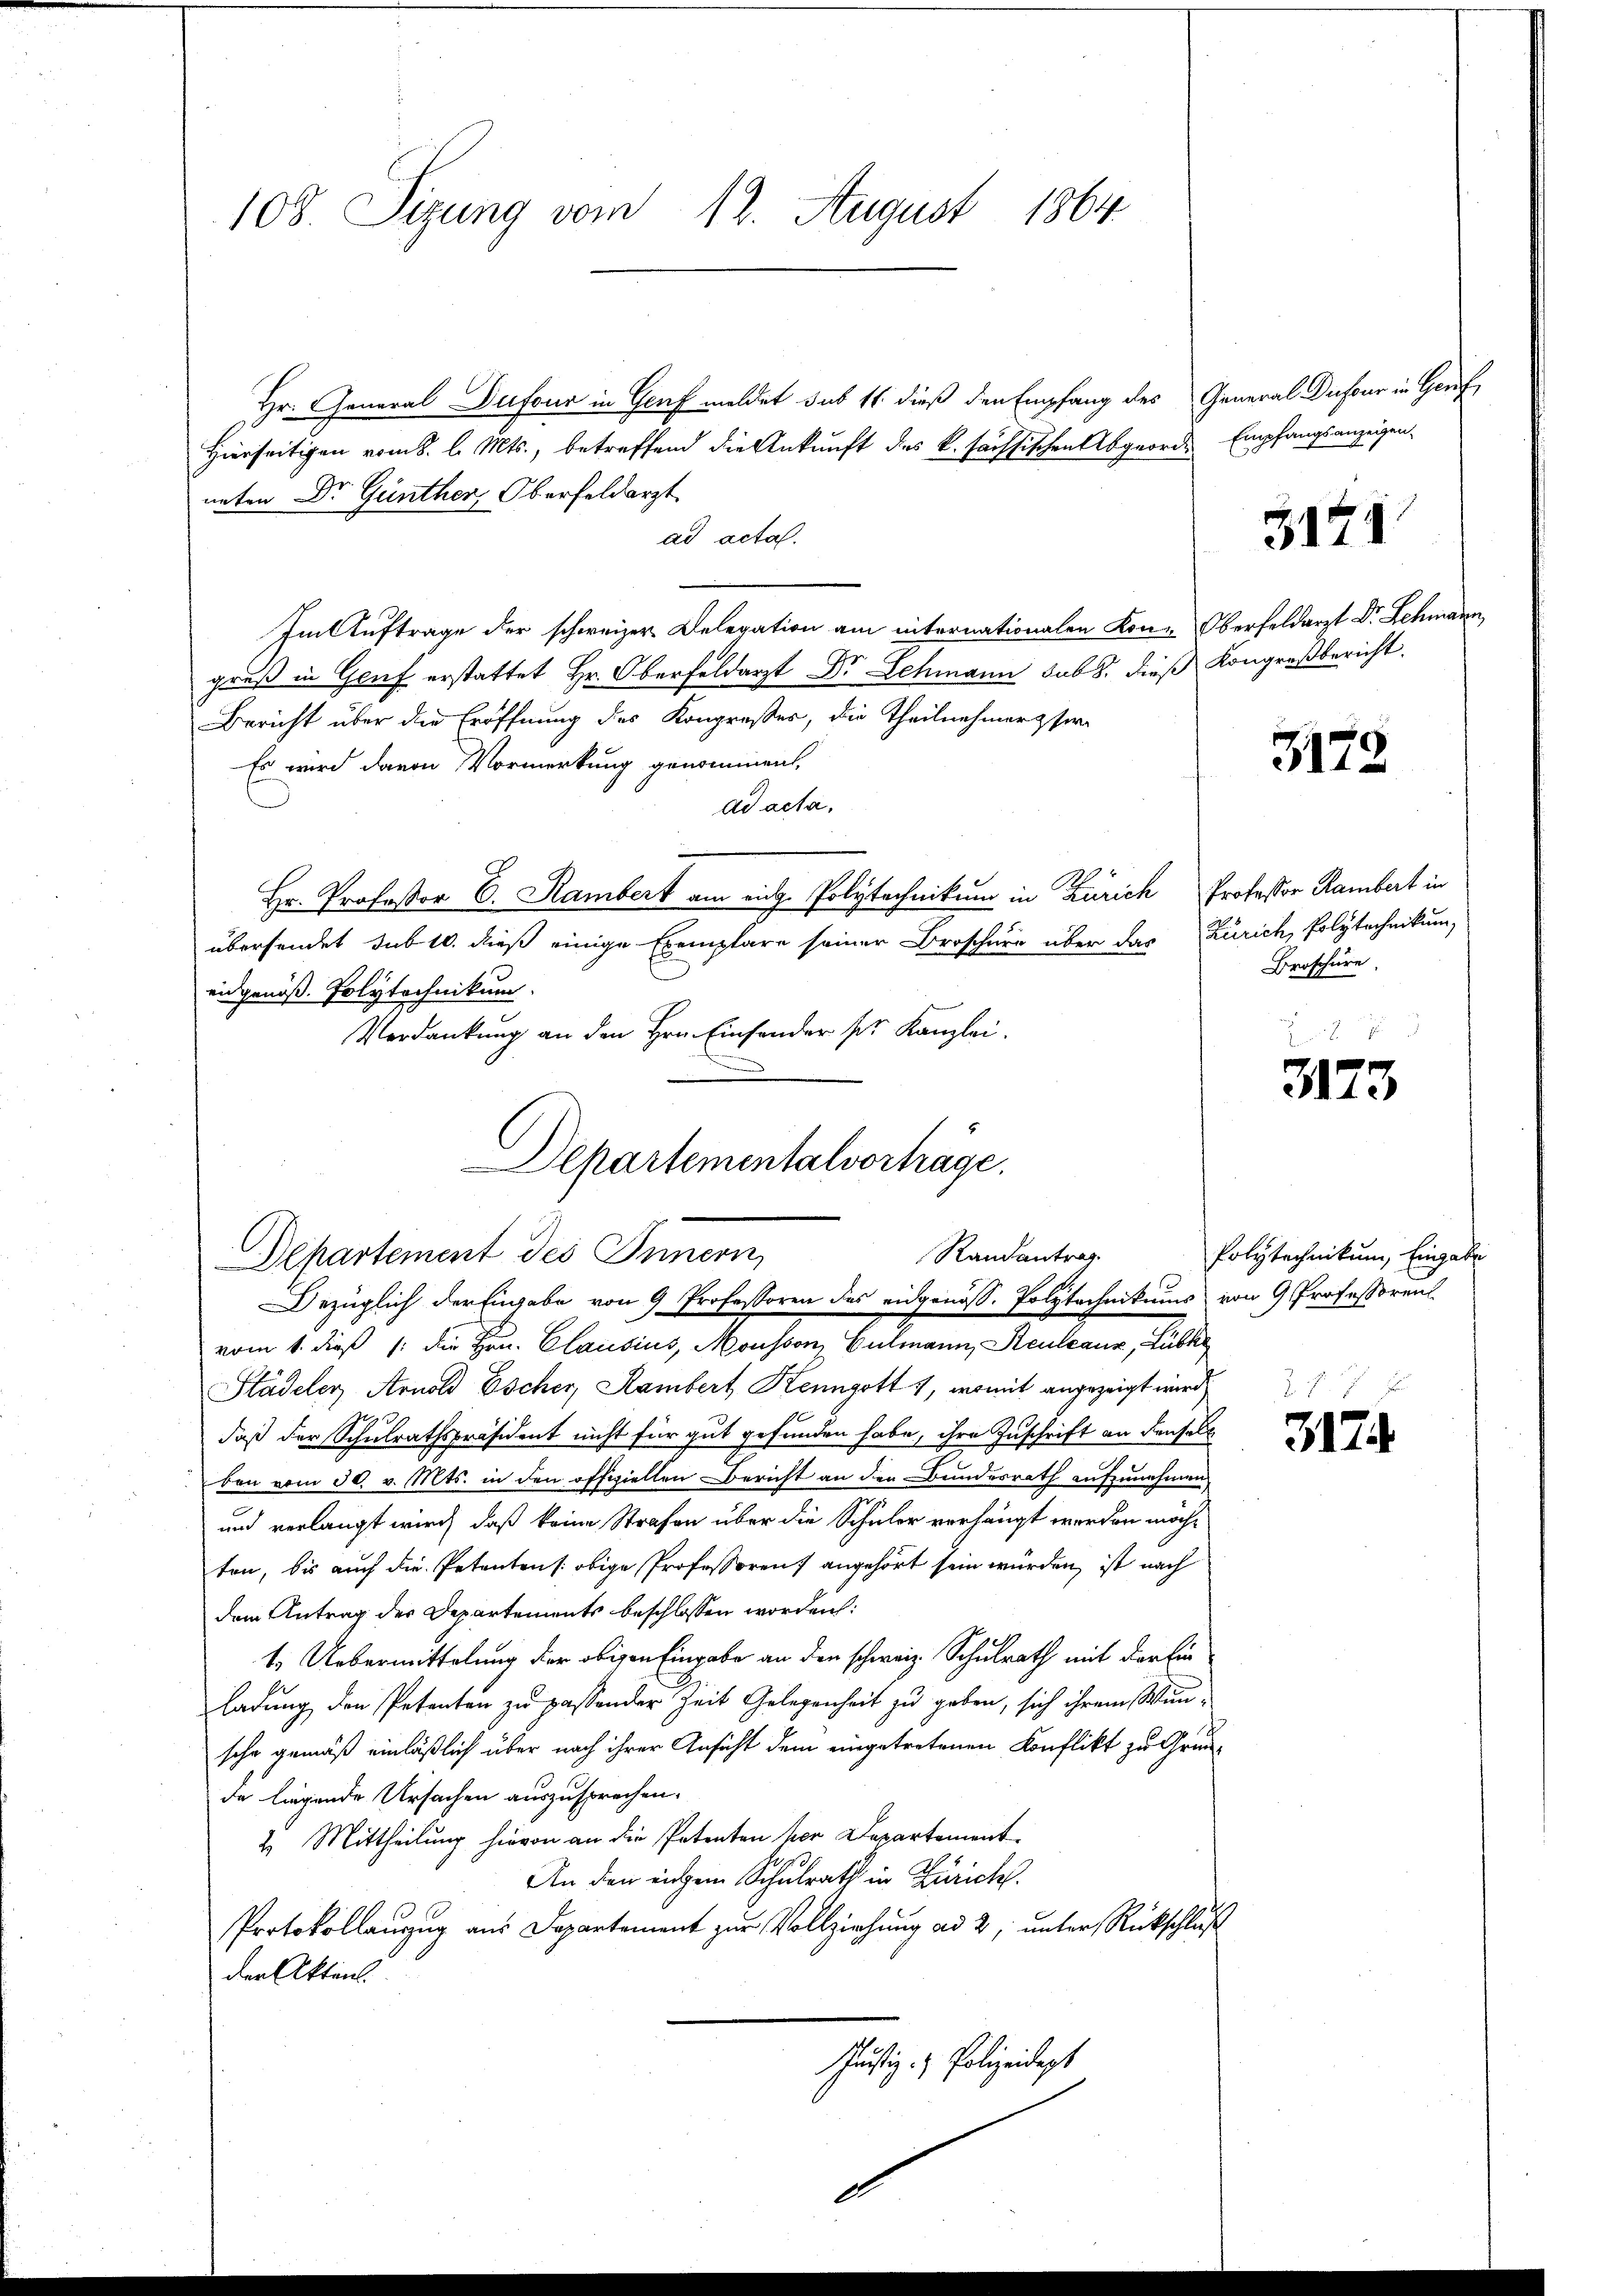
108. Sizung vom 12. August 1864

Hr. General Dufour in Genf meldet sub 11 dieß den Empfang des General-Dufour in Genf
Hierseitigen vom 8. l. Mts., betreffend die Ankunft des k. haussischen Abgeorde Empfangsanzeigenneten Dr. Günther, Oberfeldarzt
ad acta.
Im Auftrage der schweizer. Delegation am internationalen Kon-Oberfeldarzt Dr. Schmann,
gruß in Genf erstattet Hr. Oberfeldarzt Dr Schmann sub. dieß Kongreßbericht.
Bericht über die Eröffnung des Kongresser, die Theilnehmerz se
Es wird davon Vormerkung genommen,
ad acta,
Hr. Professor C. Rambert am aug. Polytechnikum in Zürich Professor Rambert in
übersendet sub 10. dieß einige Exemplare seiner Broschüre über das Zürich, Polytechnikum,
eidgenöß. Polytechnikum.
Verdankung an den Hrn. Einsender pr. Kanzlei.
Städeler Arnold Escher, Rambert Kenngott 1, womit angezeigt wird
daß der Schulrathspräsident nicht für gut gefunden habe, ihre Zuschrift an denselb
ben vom 30. v. Mts. in den offiziellen Bericht an der Bundesrath aufzunehmen
und verlangt wird, daß keine Strafen über die Schüler verhängt werden möchten, bis auch die Petenten s. obige Professoren) angehört sein würden, ist nach
dem Antrag des Departements beschlossen worden:
1. Uebermittelung der obigen Eingabe an den schweiz. Schulrath mit der Einladung den Petenten zu passender Zeit Gelegenheit zu geben, sich ihrem Wunsche gemäß einläßlich über nach ihrer Ansicht dem eingetretenen Konflikt zu Grunda liegende Ursachen auszusprechen.
2. Mittheilung hievon an die Petenten vor Departement
An den einem Schulrath in Zürich.
Protokollanzug aus Departement zur Vollziehung ad 2, unter Rückschluß
der Akten.
Justiz- & Polizeidigt

Departementalvorträge.
Randantrag
Departement des Innern,
Bezüglich der Engabe von 9 Professoren des eidgenöß. Polytechnikums von 9 Professorent
vom 1. dieß 1: Die Hrn. Clausius, Mousson Culmann, Keuleaux, Lübk

3121

3178

Broschüre

3173

Polytechnikum, Eingabe

3174.